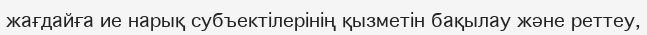
жағдайға ие нарық субъектілерінің қызметін бақылау және реттеу,